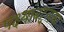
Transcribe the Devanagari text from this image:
पक्ष्यांबद्दलचा